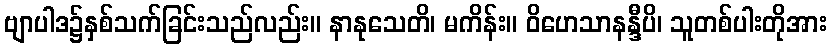
ဗျာပါဒ၌နှစ်သက်ခြင်းသည်လည်း။ နာနုသေတိ၊ မကိန်း။ ဝိဟေသာနန္ဒီပိ၊ သူတစ်ပါးတိုအား